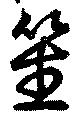
笙